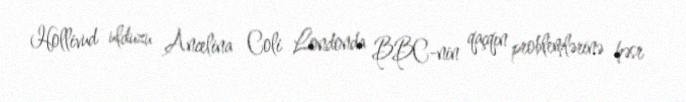
Hollivud ulduzu Ancelina Coli Londonda BBC-nin qaçqın problemlərinə həsr